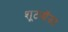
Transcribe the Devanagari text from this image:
शूटऑउट